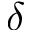
\delta